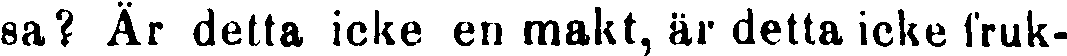
sa? Är detta icke en makt, är detta icke fruk-